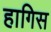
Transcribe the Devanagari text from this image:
हागिस